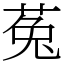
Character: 菟